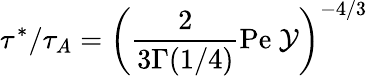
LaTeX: \tau^{*}/\tau_{A}=\left(\frac{2}{3\Gamma(1/4)}\mathrm{Pe}\ \mathcal{Y}\right)^{-4/3}